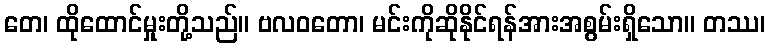
တေ၊ ထိုထောင်မှုးတို့သည်။ ဗလဝတော၊ မင်းကိုဆိုနိုင်ရန်အားအစွမ်းရှိသော။ တဿ၊